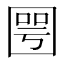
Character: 𡈆